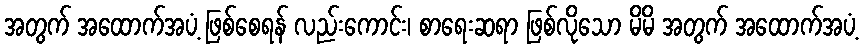
အတွက် အထောက်အပံ့ ဖြစ်စေရန် လည်းကောင်း၊ စာရေးဆရာ ဖြစ်လိုသော မိမိ အတွက် အထောက်အပံ့